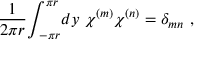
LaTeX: \frac { 1 } { 2 \pi r } { \int } _ { \! \! \! - \pi r } ^ { \pi r } d y ~ \chi ^ { ( m ) } \chi ^ { ( n ) } = \delta _ { m n } ~ ,